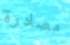
مصادرة